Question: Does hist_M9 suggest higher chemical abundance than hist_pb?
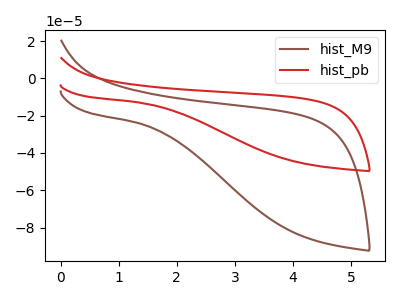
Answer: <think>The brown curve "hist_M9" has no peaks. The red curve "hist_pb" has no peaks.
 Neither "hist_M9" or "hist_pb" have any peaks.</think>
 <answer>I cant tell if "hist_M9" or "hist_pb" has more signal.</answer>
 <eval>mixed_signal</eval>